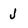
Character: J